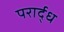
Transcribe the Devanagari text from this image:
परार्द्ध